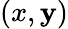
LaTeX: \left(x,\mathbf{y}\right)